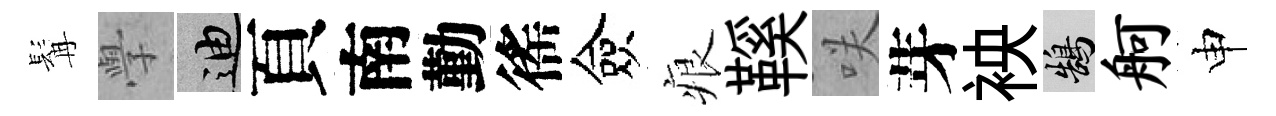
髯𭓕迪頁南勤徭僉痕鞵咲芽䘧鵠舸申